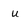
Character: u